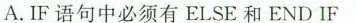
A.IF语句中必须有ELSE和END IF